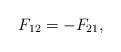
LaTeX: \begin{align*}F_{12}=-F_{21},\end{align*}